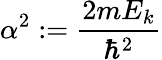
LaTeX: \alpha^{2}:={\frac{2mE_{k}}{\hbar^{2}}}